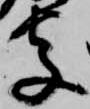
字